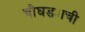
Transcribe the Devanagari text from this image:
चौघड्याची